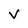
Character: v